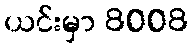
ယင်းမှာ 8008